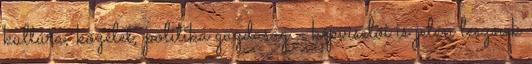
kultúra, közélet, politika gazdaság - képviselői is jelen lesznek